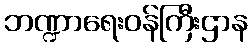
ဘဏ္ဍာရေးဝန်ကြီးဌာန